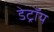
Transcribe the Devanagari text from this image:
डेट्रॉय